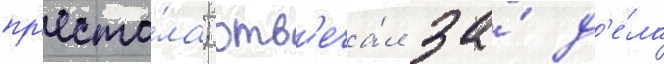
пр'есто́ла; отв'еча́л за́ д'е́ла